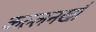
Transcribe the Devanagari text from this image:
कल्लनखाँ